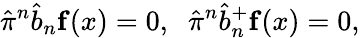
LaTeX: \hat{\pi}^{n}\hat{b}_{n}{\mathbf f}(x)=0,\; \; \hat{\pi}^{n}\hat{b}_{n}^{+}{\mathbf f}(x)=0,